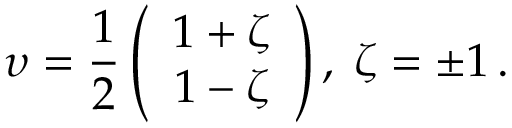
\upsilon = \frac { 1 } { 2 } \left( \begin{array} { c } { { 1 + \zeta } } \\ { { 1 - \zeta } } \end{array} \right) , \; \zeta = \pm 1 \, .